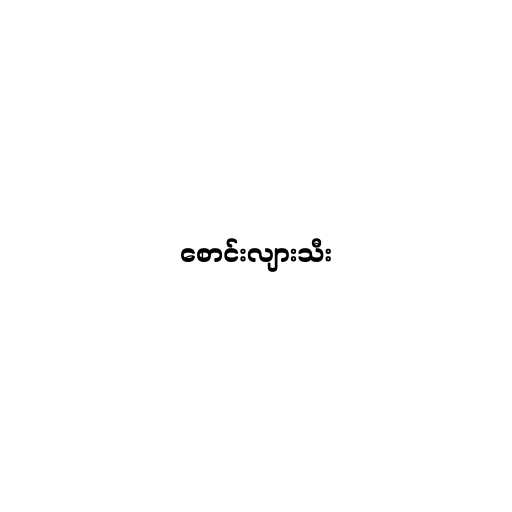
စောင်းလျားသီး